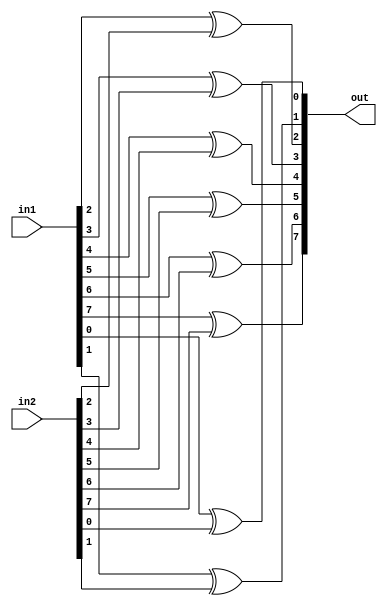
`timescale 1ns / 1ps

module xor_8(
    output [7:0] out,
	input [7:0] in1, in2
);

xor XOR0 ( out[0], in1[0], in2[0] );
xor XOR1 ( out[1], in1[1], in2[1] );
xor XOR2 ( out[2], in1[2], in2[2] );
xor XOR3 ( out[3], in1[3], in2[3] );
xor XOR4 ( out[4], in1[4], in2[4] );
xor XOR5 ( out[5], in1[5], in2[5] );
xor XOR6 ( out[6], in1[6], in2[6] );
xor XOR7 ( out[7], in1[7], in2[7] );

endmodule